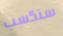
ستكسب